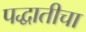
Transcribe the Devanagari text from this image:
पद्धातीचा